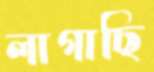
লাগাছি